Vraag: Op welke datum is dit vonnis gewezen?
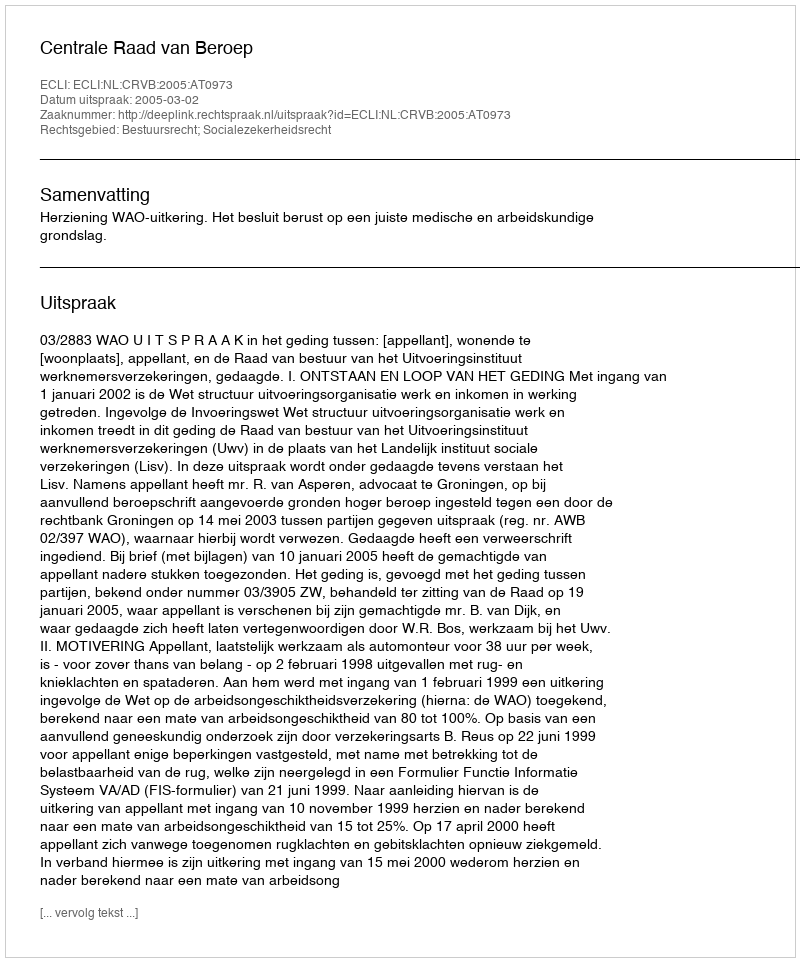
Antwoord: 2005-03-02